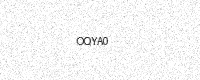
Text: OQYA0